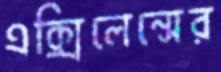
এক্সিলেন্সের